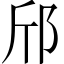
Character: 邤